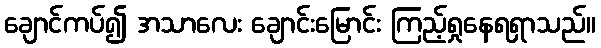
ချောင်ကပ်၍ အသာလေး ချောင်းမြောင်း ကြည့်ရှုနေရရှာသည်။